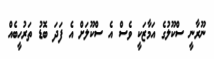
ނޫރާނީ ސްކޫލުގެ އަމާޒަކީ ވެސް އެ ސްކޫލަށް އެ ފަދަ ބޮޑު ތަރުހީބެއް